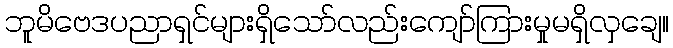
ဘူမိဗေဒပညာရှင်များရှိသော်လည်းကျော်ကြားမှုမရှိလှချေ။